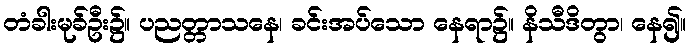
တံခါးမုခ်ဦး၌။ ပညတ္တာသနေ၊ ခင်းအပ်သော နေရာ၌။ နိသီဒိတွာ၊ နေ၍။